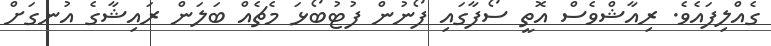
ގެއްލިފައެވެ. ރިއާޝްވެސް އޮތީ ސޯފާގައި ފޯނުން ފުޓުބޯޅަ މެޗެއް ބަލަން ރައިޝާގެ އުނގަށް